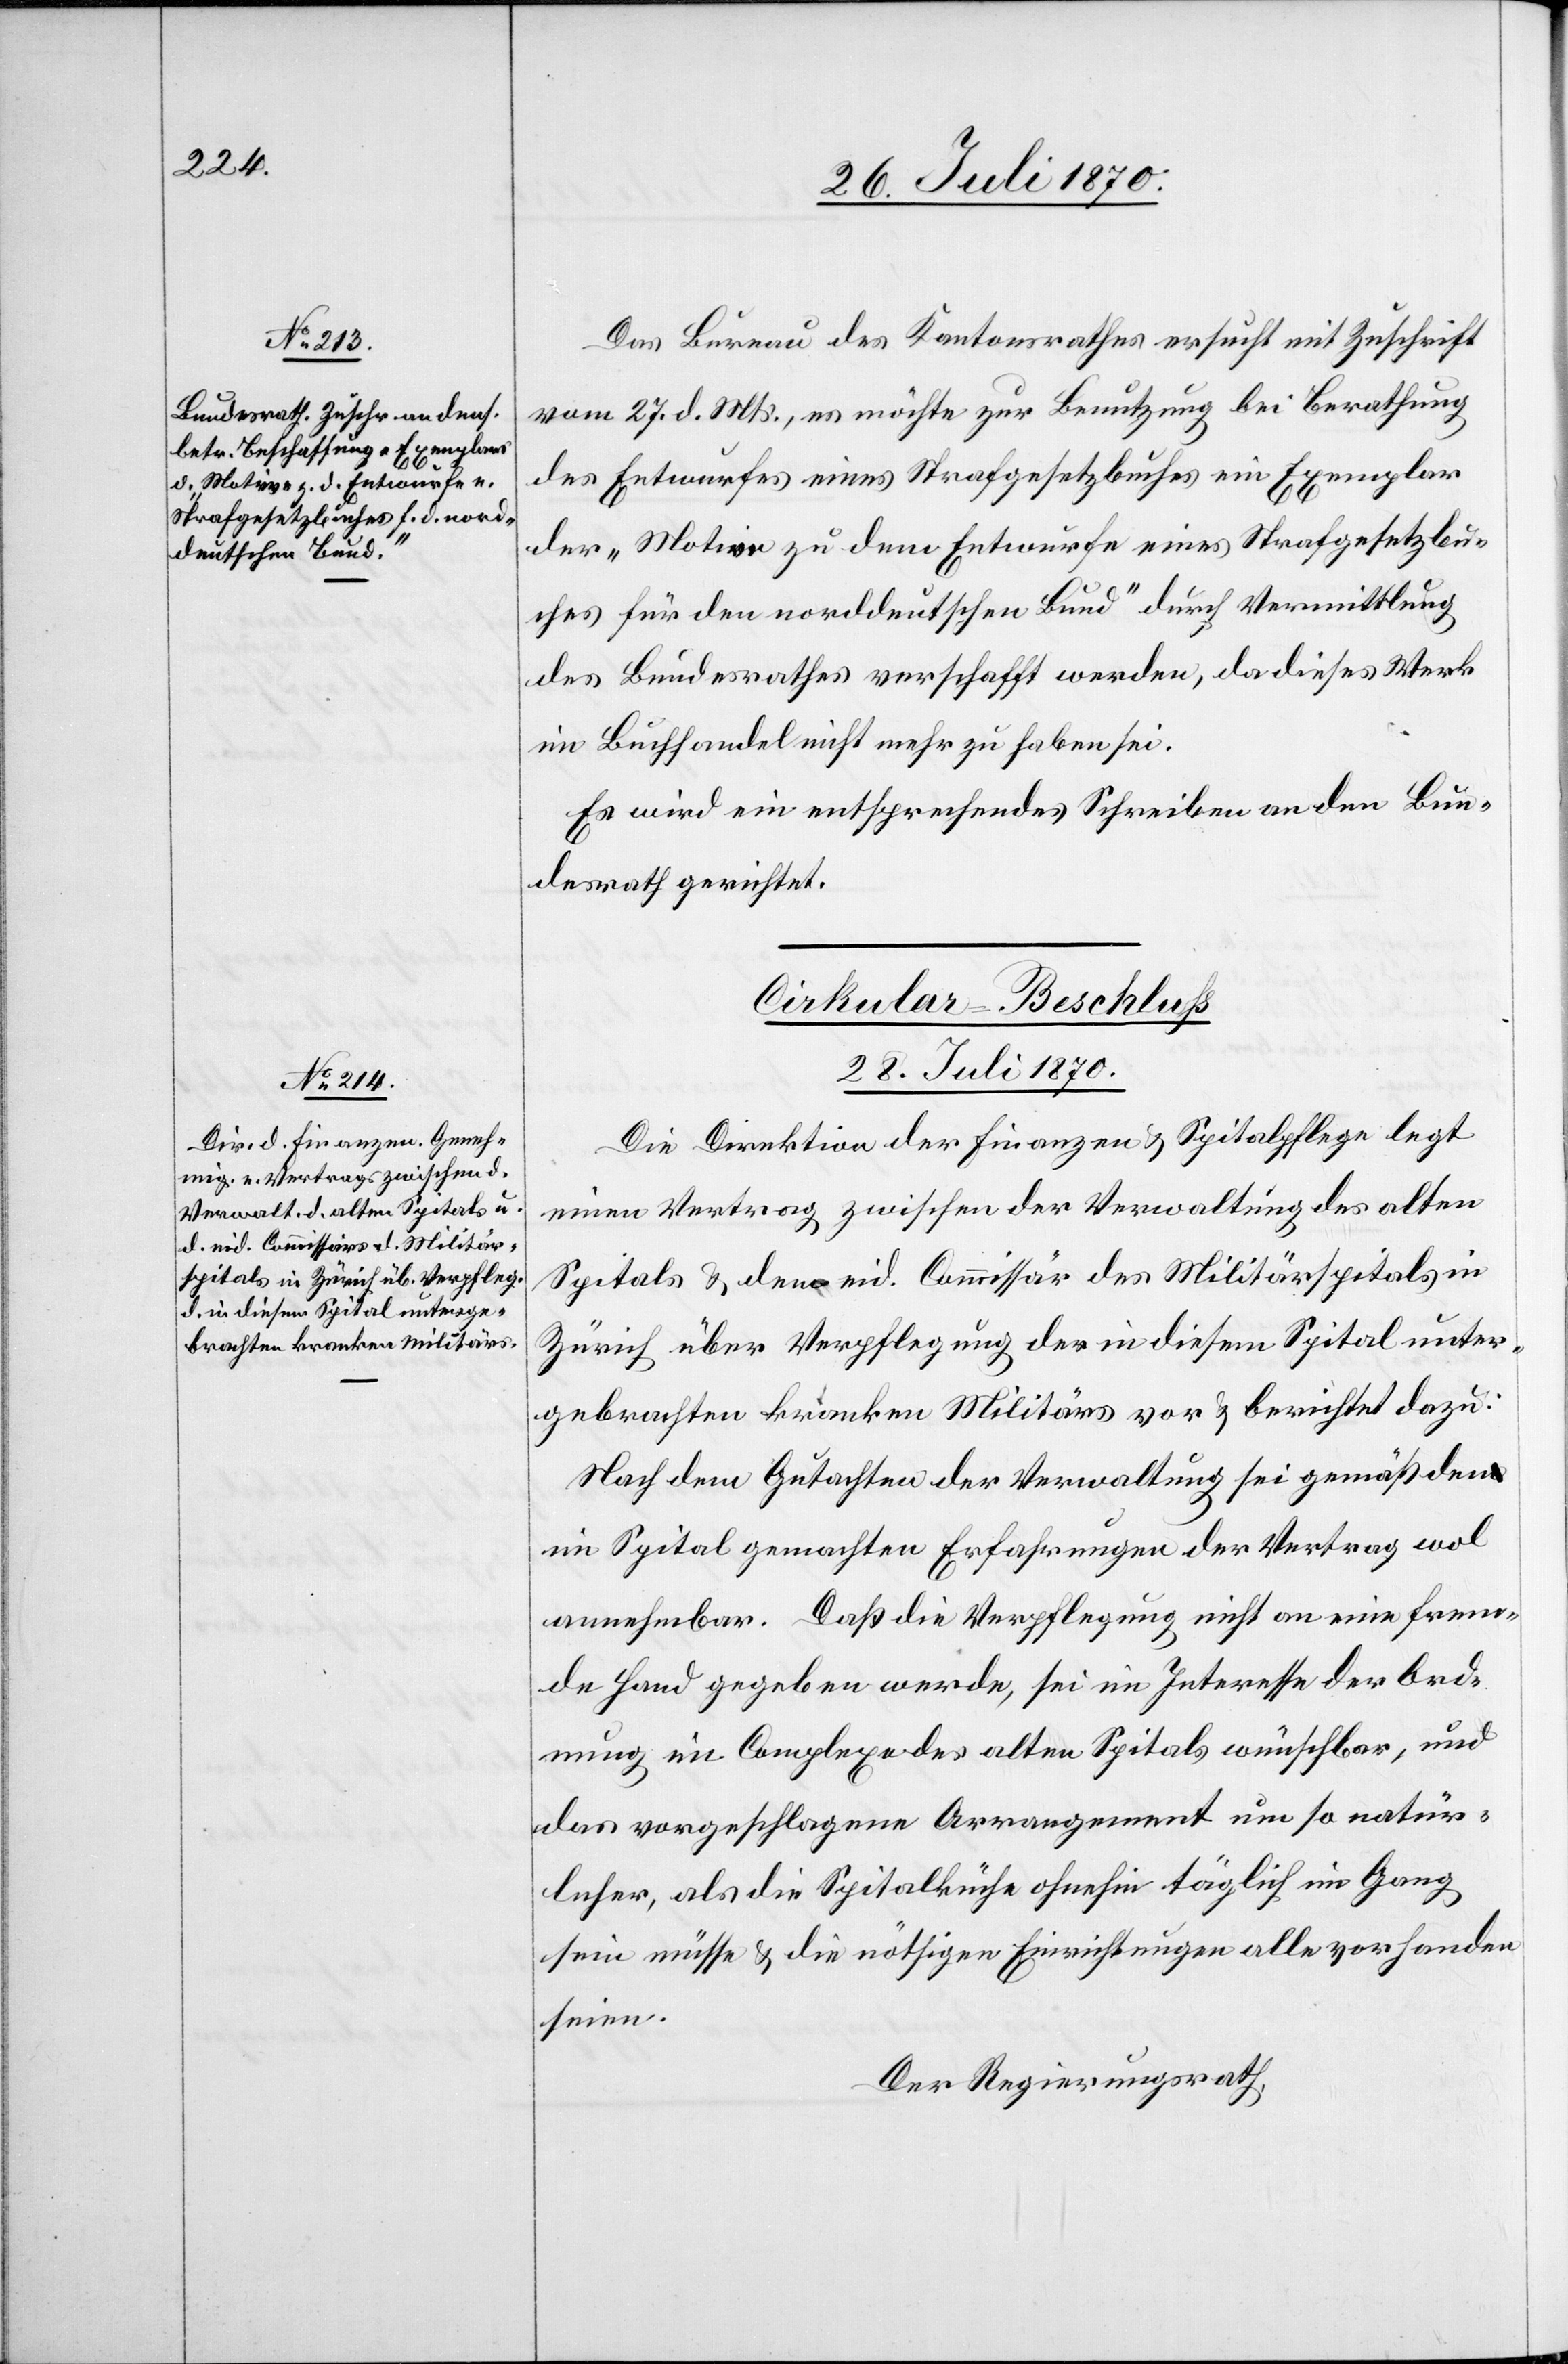
Das Bureau des Kantonsrathes ersucht mit Zuschrift
vom 27. d. Mts., es möchte zur Benutzung bei Berathung
des Entwurfes eines Strafgesetzbuches ein Exemplar
der „Motion zu dem Entwurfe eines Strafgesetzbu¬
ches für den norddeutschen Bund“ durch Vermittlung
des Bundesrathes verschafft werden, da dieses Werk
im Buchhandel nicht mehr zu haben sei.
Es wird eine entsprechendes Schreiben an den Bun¬
desrath gerichtet.
Cirkular-Beschluss
28. Juli 1870.
Die Direktion der Finanzen & Spitalpflege legt
einen Vertrag zwischen der Verwaltung des alten
Spitals & dem eid. Commissär des Militärspitals in
Zürich über Verpflegung der in diesem Spital unter¬
gebrachten kranken Militärs vor & berichtet dazu:
Nach dem Gutachten der Verwaltung sei gemäß den
im Spital gemachten Erfahrungen der Vertrag wol
annehmbar. Daß die Verpflegung nicht an eine frem¬
de Hand gegeben werde, sei im Interesse der Ord¬
nung im Complexe des alten Spitals wünschbar, und
das vorgeschlagene Arrangement um so natür¬
licher, als die Spitalküche ohnehin täglich im Gang
sein müsse & die nöthigen Einrichtungen alle vorhanden
seien.
Der Regierungsrath,